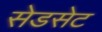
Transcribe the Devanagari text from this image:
सेडसेट